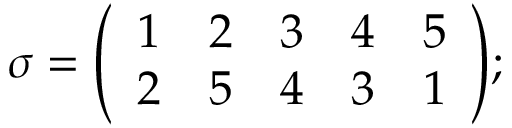
\sigma = { \left( \begin{array} { l l l l l } { 1 } & { 2 } & { 3 } & { 4 } & { 5 } \\ { 2 } & { 5 } & { 4 } & { 3 } & { 1 } \end{array} \right) } ;